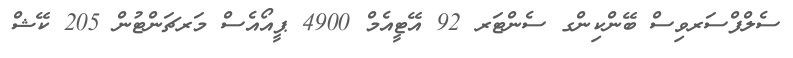
ސެލްފްސަރވިސް ބޭންކިންގ ސެންޓަރ 92 އޭޓީއެމް 4900 ޕީއޯއެސް މަރޗަންޓުން 205 ކޭޝް